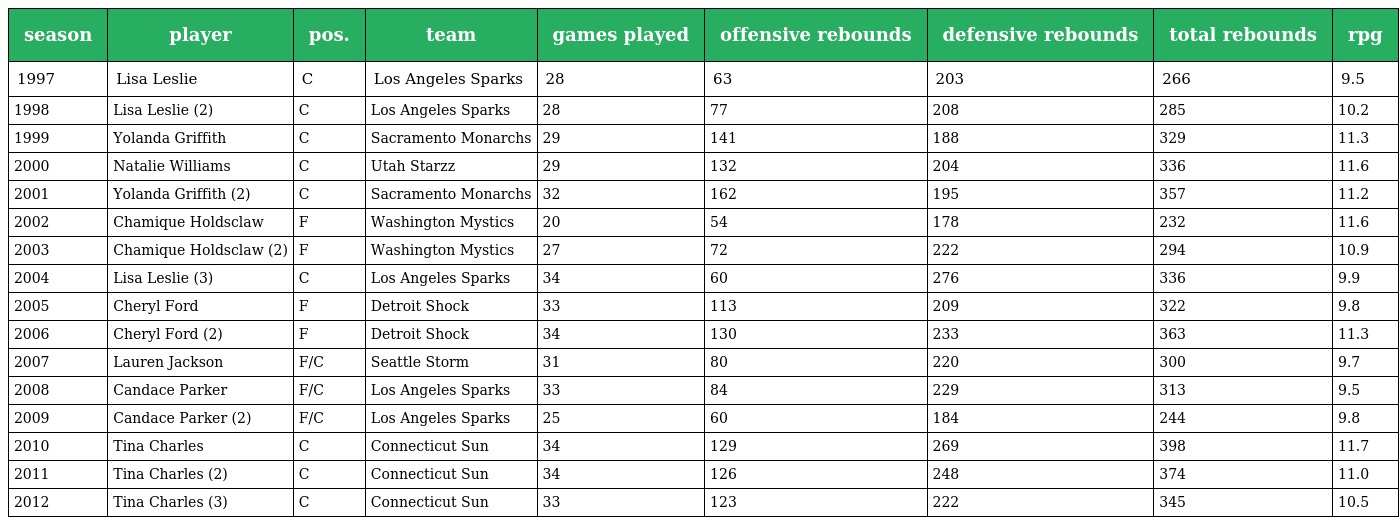
| season | player | pos. | team | games played | offensive rebounds | defensive rebounds | total rebounds | rpg |
 | --- | --- | --- | --- | --- | --- | --- | --- | --- |
 | 1997 | Lisa Leslie | C | Los Angeles Sparks | 28 | 63 | 203 | 266 | 9.5 |
 | 1998 | Lisa Leslie (2) | C | Los Angeles Sparks | 28 | 77 | 208 | 285 | 10.2 |
 | 1999 | Yolanda Griffith | C | Sacramento Monarchs | 29 | 141 | 188 | 329 | 11.3 |
 | 2000 | Natalie Williams | C | Utah Starzz | 29 | 132 | 204 | 336 | 11.6 |
 | 2001 | Yolanda Griffith (2) | C | Sacramento Monarchs | 32 | 162 | 195 | 357 | 11.2 |
 | 2002 | Chamique Holdsclaw | F | Washington Mystics | 20 | 54 | 178 | 232 | 11.6 |
 | 2003 | Chamique Holdsclaw (2) | F | Washington Mystics | 27 | 72 | 222 | 294 | 10.9 |
 | 2004 | Lisa Leslie (3) | C | Los Angeles Sparks | 34 | 60 | 276 | 336 | 9.9 |
 | 2005 | Cheryl Ford | F | Detroit Shock | 33 | 113 | 209 | 322 | 9.8 |
 | 2006 | Cheryl Ford (2) | F | Detroit Shock | 34 | 130 | 233 | 363 | 11.3 |
 | 2007 | Lauren Jackson | F/C | Seattle Storm | 31 | 80 | 220 | 300 | 9.7 |
 | 2008 | Candace Parker | F/C | Los Angeles Sparks | 33 | 84 | 229 | 313 | 9.5 |
 | 2009 | Candace Parker (2) | F/C | Los Angeles Sparks | 25 | 60 | 184 | 244 | 9.8 |
 | 2010 | Tina Charles | C | Connecticut Sun | 34 | 129 | 269 | 398 | 11.7 |
 | 2011 | Tina Charles (2) | C | Connecticut Sun | 34 | 126 | 248 | 374 | 11.0 |
 | 2012 | Tina Charles (3) | C | Connecticut Sun | 33 | 123 | 222 | 345 | 10.5 |